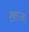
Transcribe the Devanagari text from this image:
ख़ाजा